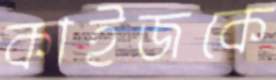
কাইজকে